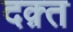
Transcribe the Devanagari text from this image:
दक़्त